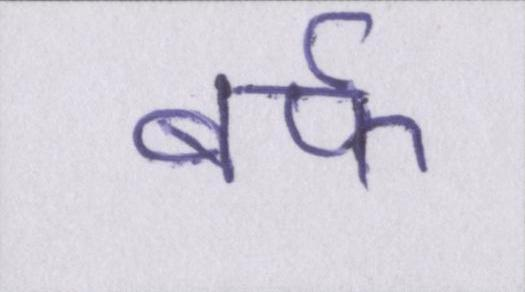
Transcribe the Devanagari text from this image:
बर्फ